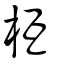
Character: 枑